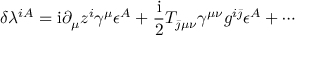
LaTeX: \delta \lambda ^ { i A } = \mathrm { i } \partial _ { \mu } z ^ { i } \gamma ^ { \mu } \epsilon ^ { A } + { \frac { \mathrm { i } } { 2 } } T _ { \bar { \jmath } \mu \nu } \gamma ^ { \mu \nu } g ^ { i \bar { \jmath } } \epsilon ^ { A } + \cdots